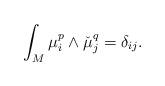
LaTeX: \begin{align*}\int_M\mu_{i}^{p}\wedge \check{\mu}_{j}^{q}=\delta_{ij}.\end{align*}